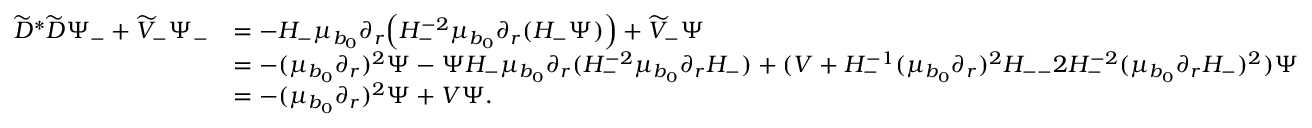
\begin{array} { r l } { \widetilde { D } ^ { * } \widetilde { D } \Psi _ { - } + \widetilde { V } _ { - } \Psi _ { - } } & { = - H _ { - } \mu _ { b _ { 0 } } \partial _ { r } \Bigl ( H _ { - } ^ { - 2 } \mu _ { b _ { 0 } } \partial _ { r } ( H _ { - } \Psi ) \Bigr ) + \widetilde { V } _ { - } \Psi } \\ & { = - ( \mu _ { b _ { 0 } } \partial _ { r } ) ^ { 2 } \Psi - \Psi H _ { - } \mu _ { b _ { 0 } } \partial _ { r } ( H _ { - } ^ { - 2 } \mu _ { b _ { 0 } } \partial _ { r } H _ { - } ) + ( V + H _ { - } ^ { - 1 } ( \mu _ { b _ { 0 } } \partial _ { r } ) ^ { 2 } H _ { -- } 2 H _ { - } ^ { - 2 } ( \mu _ { b _ { 0 } } \partial _ { r } H _ { - } ) ^ { 2 } ) \Psi } \\ & { = - ( \mu _ { b _ { 0 } } \partial _ { r } ) ^ { 2 } \Psi + V \Psi . } \end{array}